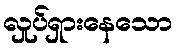
လှုပ်ရှားနေသော